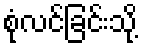
စုံလင်ခြင်းသို့